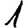
Digit: 1